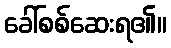
ခေါ်စစ်ဆေးရ၏။